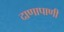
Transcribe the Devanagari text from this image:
दाणापाणी